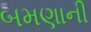
બમણાની